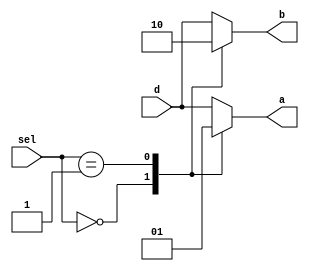

module test
  (output reg       a,
   output reg	    b,
   input wire [1:0] sel,
   input wire	    d
   /* */);

   always @* begin
      b = d;
      case (sel)
	0:
	  begin
	     a = 0;
	     b = 1;
	  end
	1:
	  begin
	     a = 1;
	     b = 0;
	  end
	default:
	  begin
	     a = d;
	  end
      endcase // case (sel)
   end // always @ *

endmodule // test

module main;
   reg [1:0] sel;
   reg	     d;
   wire      a, b;

   test dut (.a(a), .b(b), .sel(sel), .d(d));

   initial begin
      d = 0;
      sel = 0;
      #1 if (a!==0 || b!==1) begin
	 $display("FAILED -- sel=%b, d=%b, a=%b, b=%b", sel, d, a, b);
	 $finish;
      end
      sel = 1;
      #1 if (a!==1 || b!==0) begin
	 $display("FAILED -- sel=%b, d=%b, a=%b, b=%b", sel, d, a, b);
	 $finish;
      end
      sel = 2;
      #1 if (a!==0 || b!==0) begin
	 $display("FAILED -- sel=%b, d=%b, a=%b, b=%b", sel, d, a, b);
	 $finish;
      end
      d = 1;
      #1 if (a!==1 || b!==1) begin
	 $display("FAILED -- sel=%b, d=%b, a=%b, b=%b", sel, d, a, b);
	 $finish;
      end

      $display("PASSED");
   end
endmodule